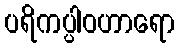
ပရိကပ္ပါဝဟာရော